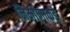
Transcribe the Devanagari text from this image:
निर्माणाकडे